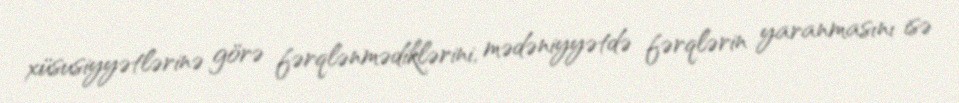
xüsusiyyətlərinə görə fərqlənmədiklərini, mədəniyyətdə fərqlərin yaranmasını isə